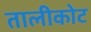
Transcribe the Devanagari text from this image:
तालीकोट